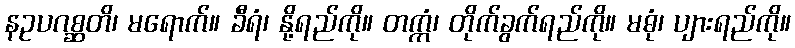
နဥပဂစ္ဆတိ၊ မရောက်။ ခီရံ၊ နို့ရည်ကို။ တက္ကံ၊ တိုက်ခွက်ရည်ကို။ မဓုံ၊ ပျားရည်ကို။